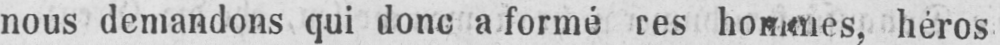
hommes, héros